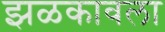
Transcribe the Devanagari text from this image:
झळकावला